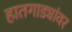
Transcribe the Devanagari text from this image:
हातगाड्यांवर